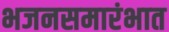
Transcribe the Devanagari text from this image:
भजनसमारंभात